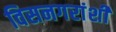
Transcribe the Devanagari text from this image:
विसनगरांशीं